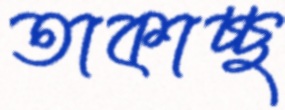
তাকাচ্ছ